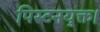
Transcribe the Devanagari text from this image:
पिस्टनयुक्त।